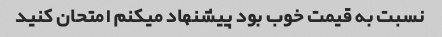
نسبت به قیمت خوب بود پیشنهاد میکنم امتحان کنید